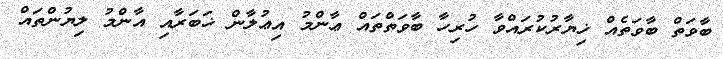
ބާވަތް ބާވަތެއް ޚިޔާރުކުރައްވާ ހުރިހާ ބާވަތްތައް ޢާންމު އިޢުލާން ޚަބަރާއި އާންމު ލިޔުންތައް